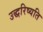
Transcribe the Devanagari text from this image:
उद्धरिष्यति